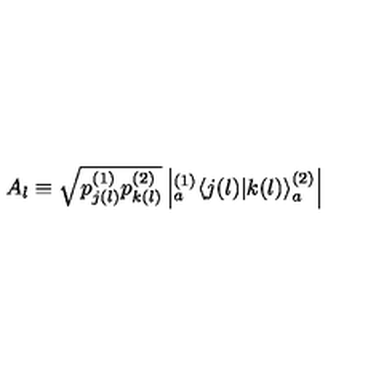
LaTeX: A _ { l } \equiv \sqrt { p _ { j ( l ) } ^ { ( 1 ) } p _ { k ( l ) } ^ { ( 2 ) } } \left| { } _ { a } ^ { ( 1 ) } \! \left\langle { j ( l ) } | { k ( l ) } \right\rangle _ { a } ^ { ( 2 ) } \right|